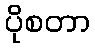
ပိုစတာ